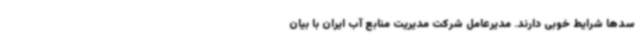
سدها شرایط خوبی دارند. مدیرعامل شرکت مدیریت منابع آب ایران با بیان